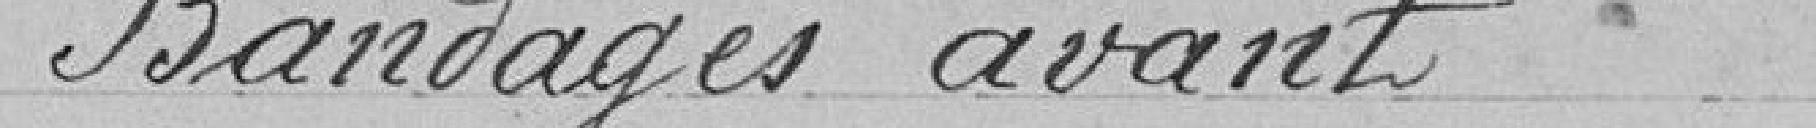
Bandages avant